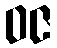
ဝဇ